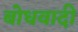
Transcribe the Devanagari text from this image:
बोधवादी